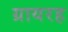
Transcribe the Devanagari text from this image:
ग्रायरह